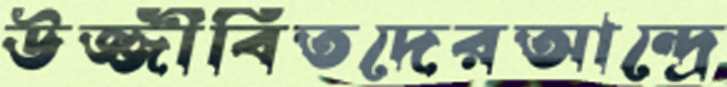
উজ্জীবিতদেরআন্দ্রে